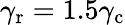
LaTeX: \gamma_{\textup{r}}=1.5\gamma_{\textup{c}}